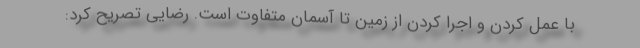
با عمل کردن و اجرا کردن از زمین تا آسمان متفاوت است. رضایی تصریح کرد: